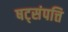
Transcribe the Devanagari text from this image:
षट्‌संपत्ति